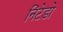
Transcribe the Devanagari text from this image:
निंटेडो